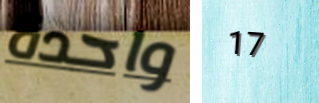
واحدة 17